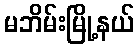
မဘိမ်းမြို့နယ်